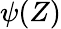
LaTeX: \psi(Z)